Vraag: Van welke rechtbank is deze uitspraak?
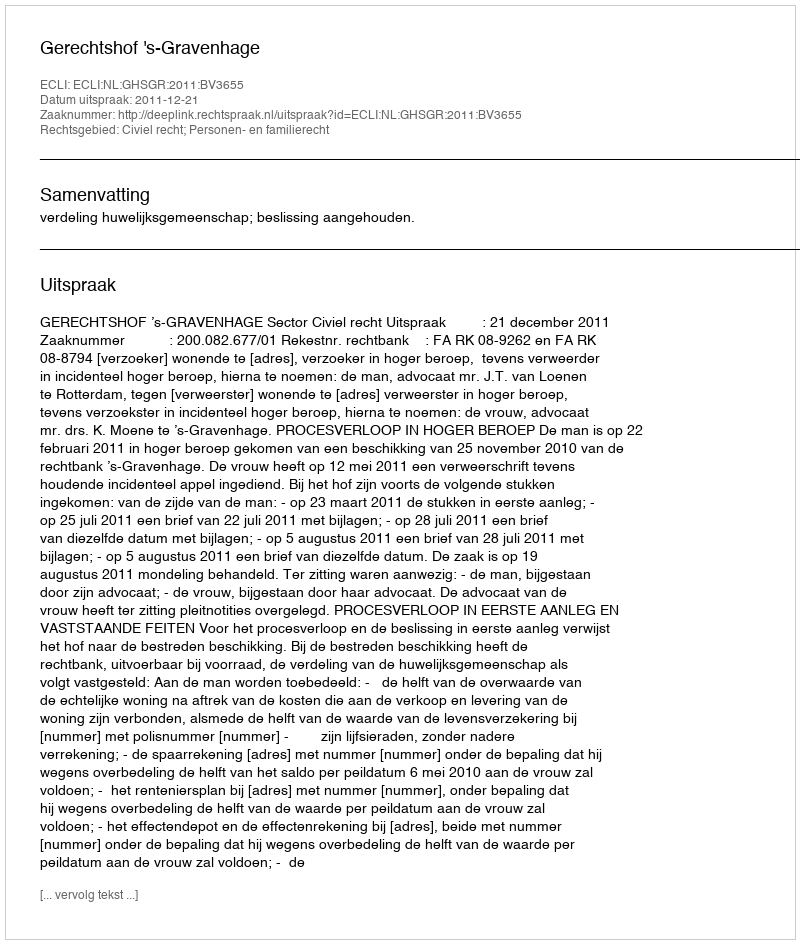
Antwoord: Gerechtshof 's-Gravenhage